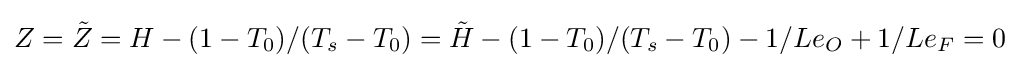
Z={\tilde {Z}}=H-(1-T_{0})/(T_{s}-T_{0})={\tilde {H}}-(1-T_{0})/(T_{s}-T_{0})-1/Le_{O}+1/Le_{F}=0